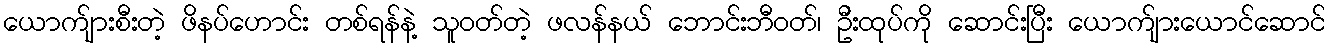
ယောက်ျားစီးတဲ့ ဖိနပ်ဟောင်း တစ်ရန်နဲ့ သူဝတ်တဲ့ ဖလန်နယ် ဘောင်းဘီဝတ်၊ ဦးထုပ်ကို ဆောင်းပြီး ယောက်ျားယောင်ဆောင်